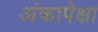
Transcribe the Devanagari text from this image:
अंकापेक्षा